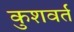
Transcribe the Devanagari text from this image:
कुशवर्त